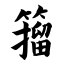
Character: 籀